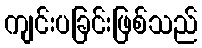
ကျင်းပခြင်းဖြစ်သည်